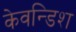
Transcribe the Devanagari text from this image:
केवन्डिश